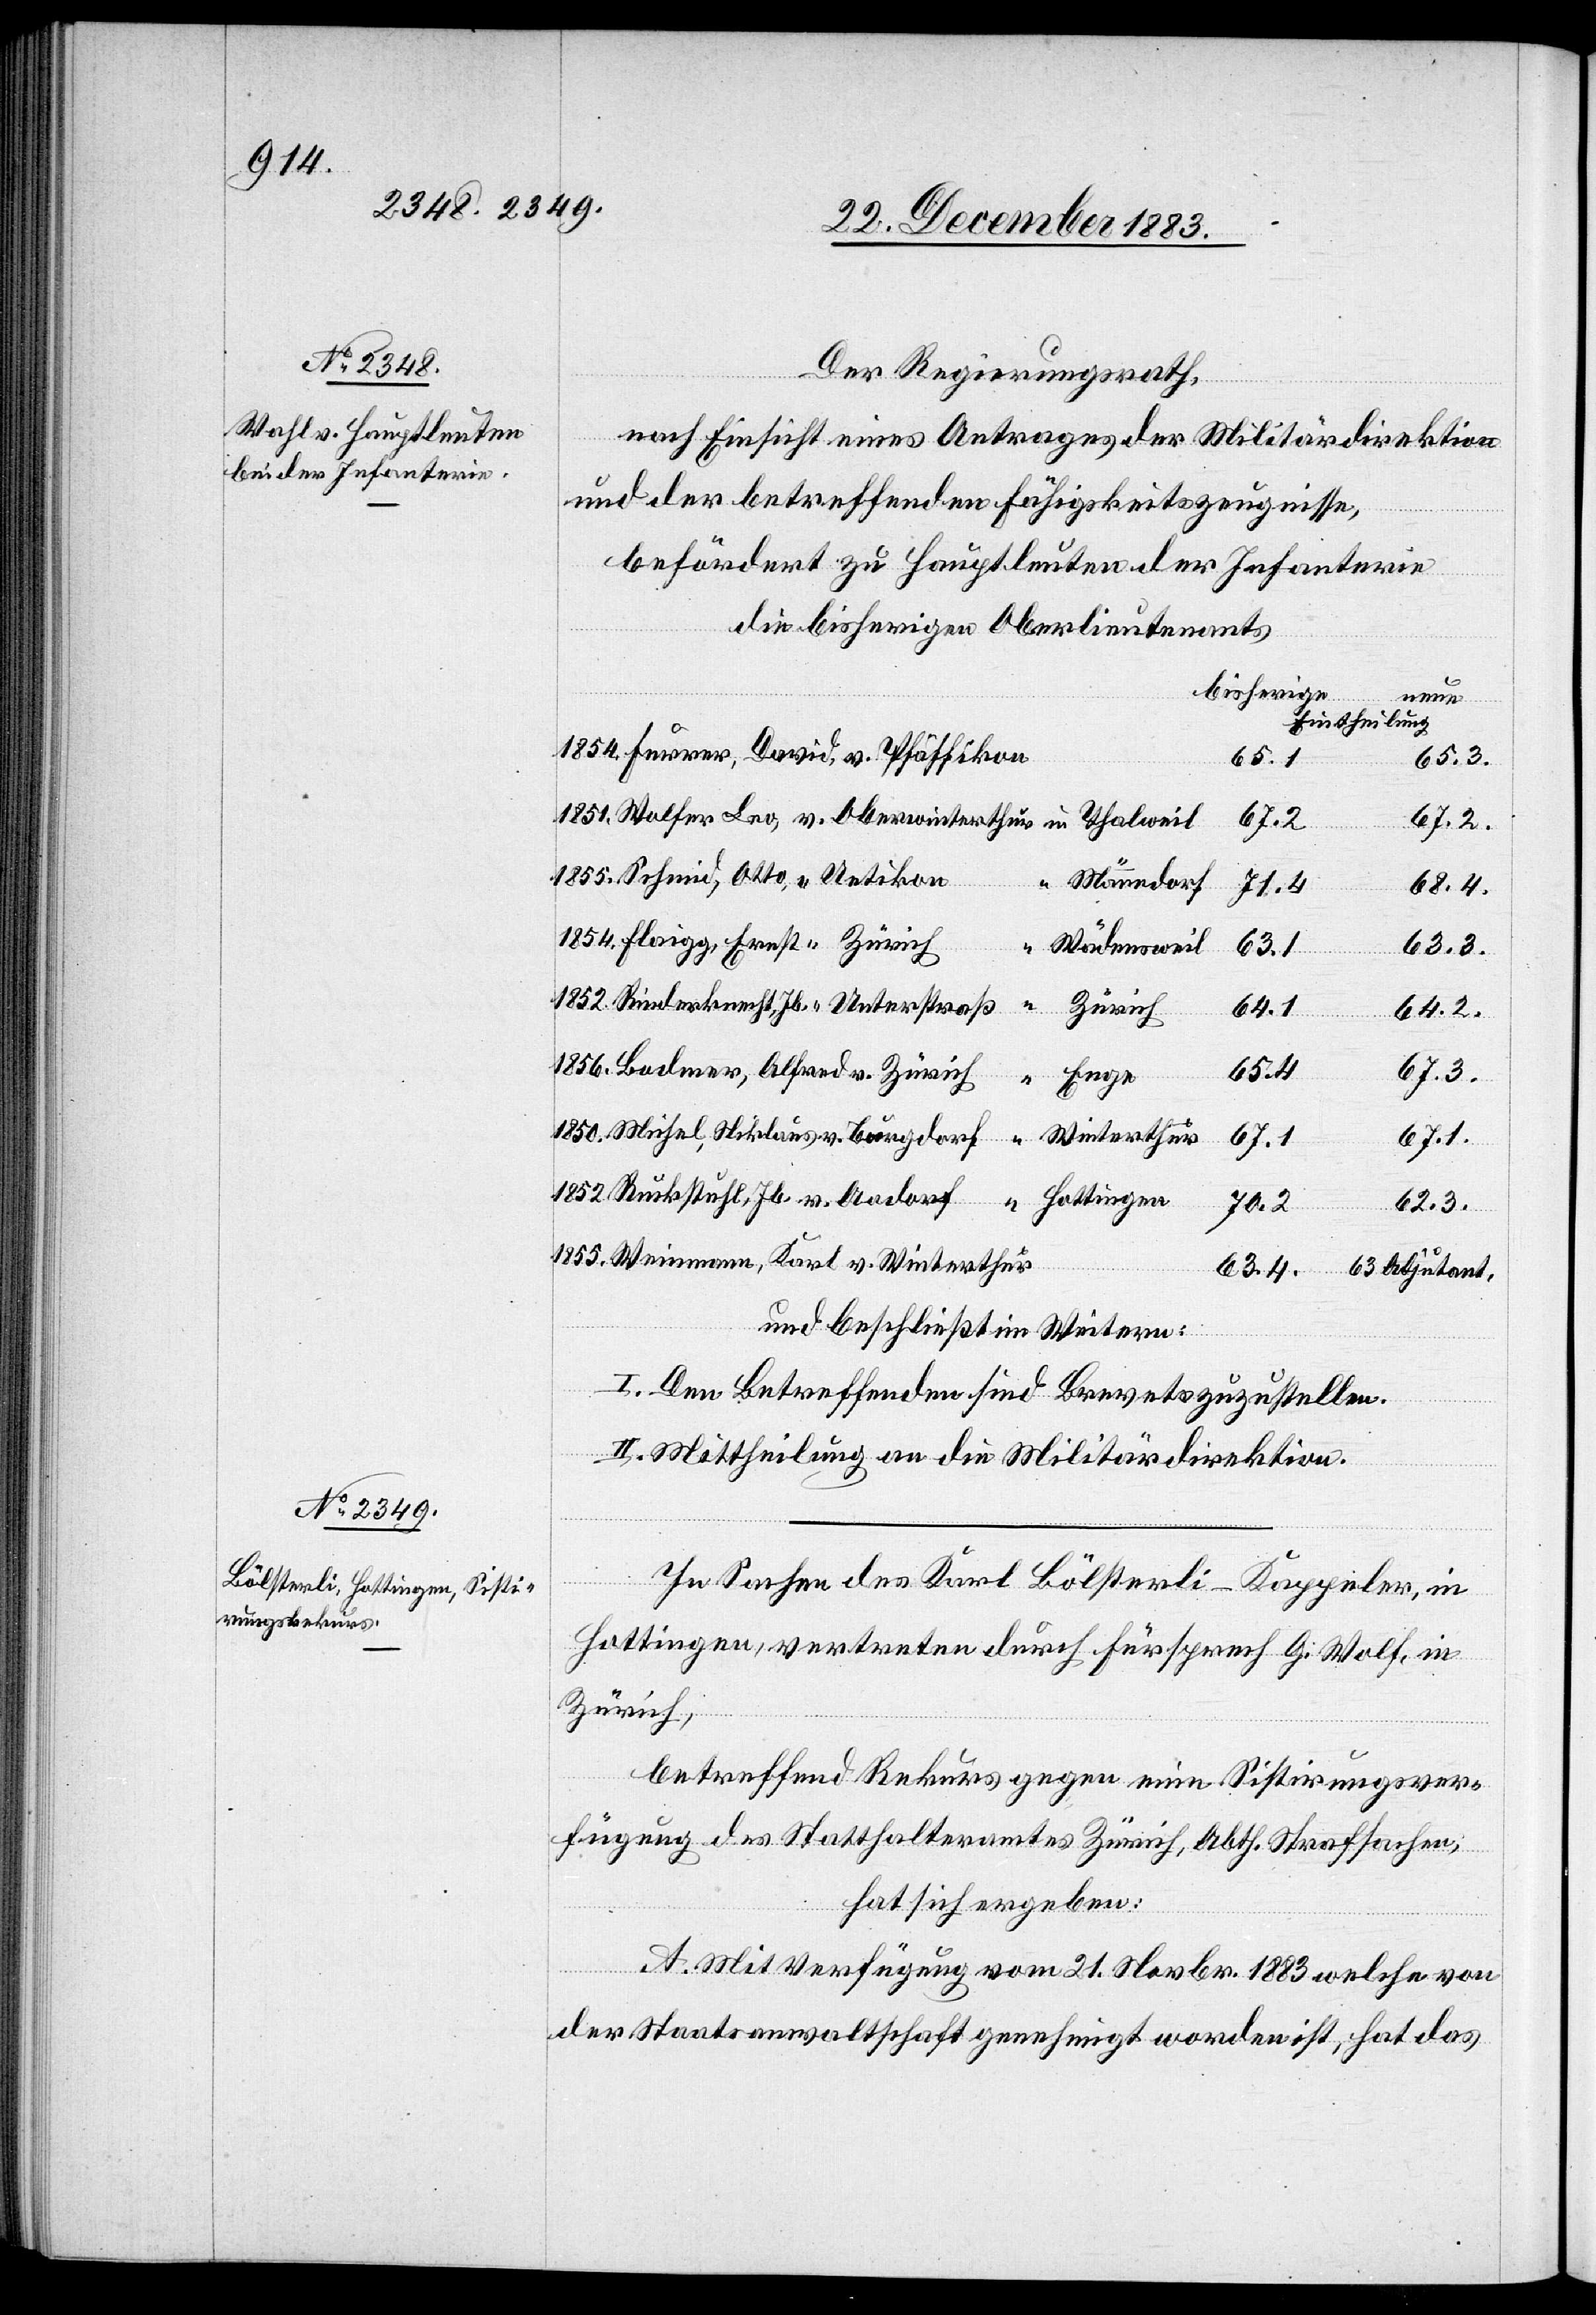
Ott¬
“
Der Regierungsrath,
nach Einsicht eines Antrages der Militärdirektion
und der betreffenden Fähigkeitszeugnisse,
befördert zu Hauptleuten der Infanterie
die bisherigen Oberlieutenants
bisherige
nmann,
Eintheilung
65.3.
65.4
Alfred
v. Burgdorf
71.4
68.4.
Wädensweil
63.3.
63.4
v. Zürich
64.1
64.2.
1855.
67.3.
v.
Winterthur
67.1.
Hottingen
Karl
Wei¬
62.3.
und beschließt im Weitern:
I. Den Betreffenden sind Brevets zuzustellen.
II. Mittheilung an die Militärdirektion.
In Sachen des Karl Bölsterli-Kappeler, in
Hottingen, vertreten durch Fürsprech G. Wolf, in
Zürich,
betreffend Rekurs gegen eine Sistirungsver¬
fügung des Statthalteramtes Zürich, Abth. Strafsachen,
hat sich ergeben:
A. Mit Verfügung vom 21. Novbr. 1883 welche von
der Staatsanwaltschaft genehmigt worden ist, hat das